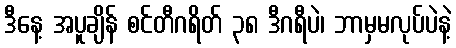
ဒီနေ့ အပူချိန် စင်တီဂရိတ် ၃၈ ဒီဂရီပဲ၊ ဘာမှမလုပ်ပဲနဲ့